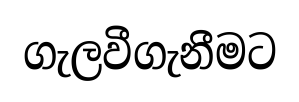
ගැලවීගැනීමට